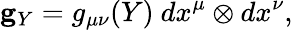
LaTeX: {}{\mathbf g}_{Y}=g_{\mu\nu}(Y)\ dx^{\mu}\otimes dx^{\nu},